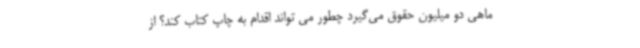
ماهی دو میلیون حقوق می‌گیرد چطور می تواند اقدام به چاپ کتاب کند؟ از